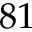
8 1